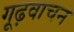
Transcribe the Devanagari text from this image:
गूढ़वाचन